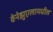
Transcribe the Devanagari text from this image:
वेनेझुएलामधील